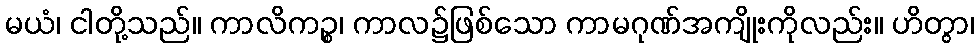
မယံ၊ ငါတို့သည်။ ကာလိကဉ္စ၊ ကာလ၌ဖြစ်သော ကာမဂုဏ်အကျိုးကိုလည်း။ ဟိတွာ၊